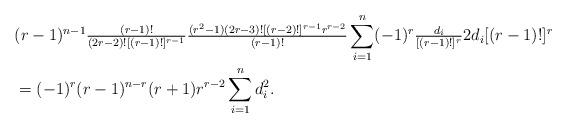
LaTeX: \begin{align*}&(r-1)^{n-1}\tfrac{(r-1)!}{(2r-2)![(r-1)!]^{r-1}}\tfrac{(r^{2}-1)(2r-3)![(r-2)!]^{r-1}r^{r-2}}{(r-1)!}\sum_{i=1}^{n}(-1)^{r}\tfrac{d_{i}}{[(r-1)!]^{r}}2d_{i}[(r-1)!]^{r}\\&=(-1)^{r}(r-1)^{n-r}(r+1)r^{r-2}\sum_{i=1}^{n}d_{i}^{2}.\end{align*}